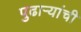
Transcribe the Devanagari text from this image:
पुढाऱ्यांची